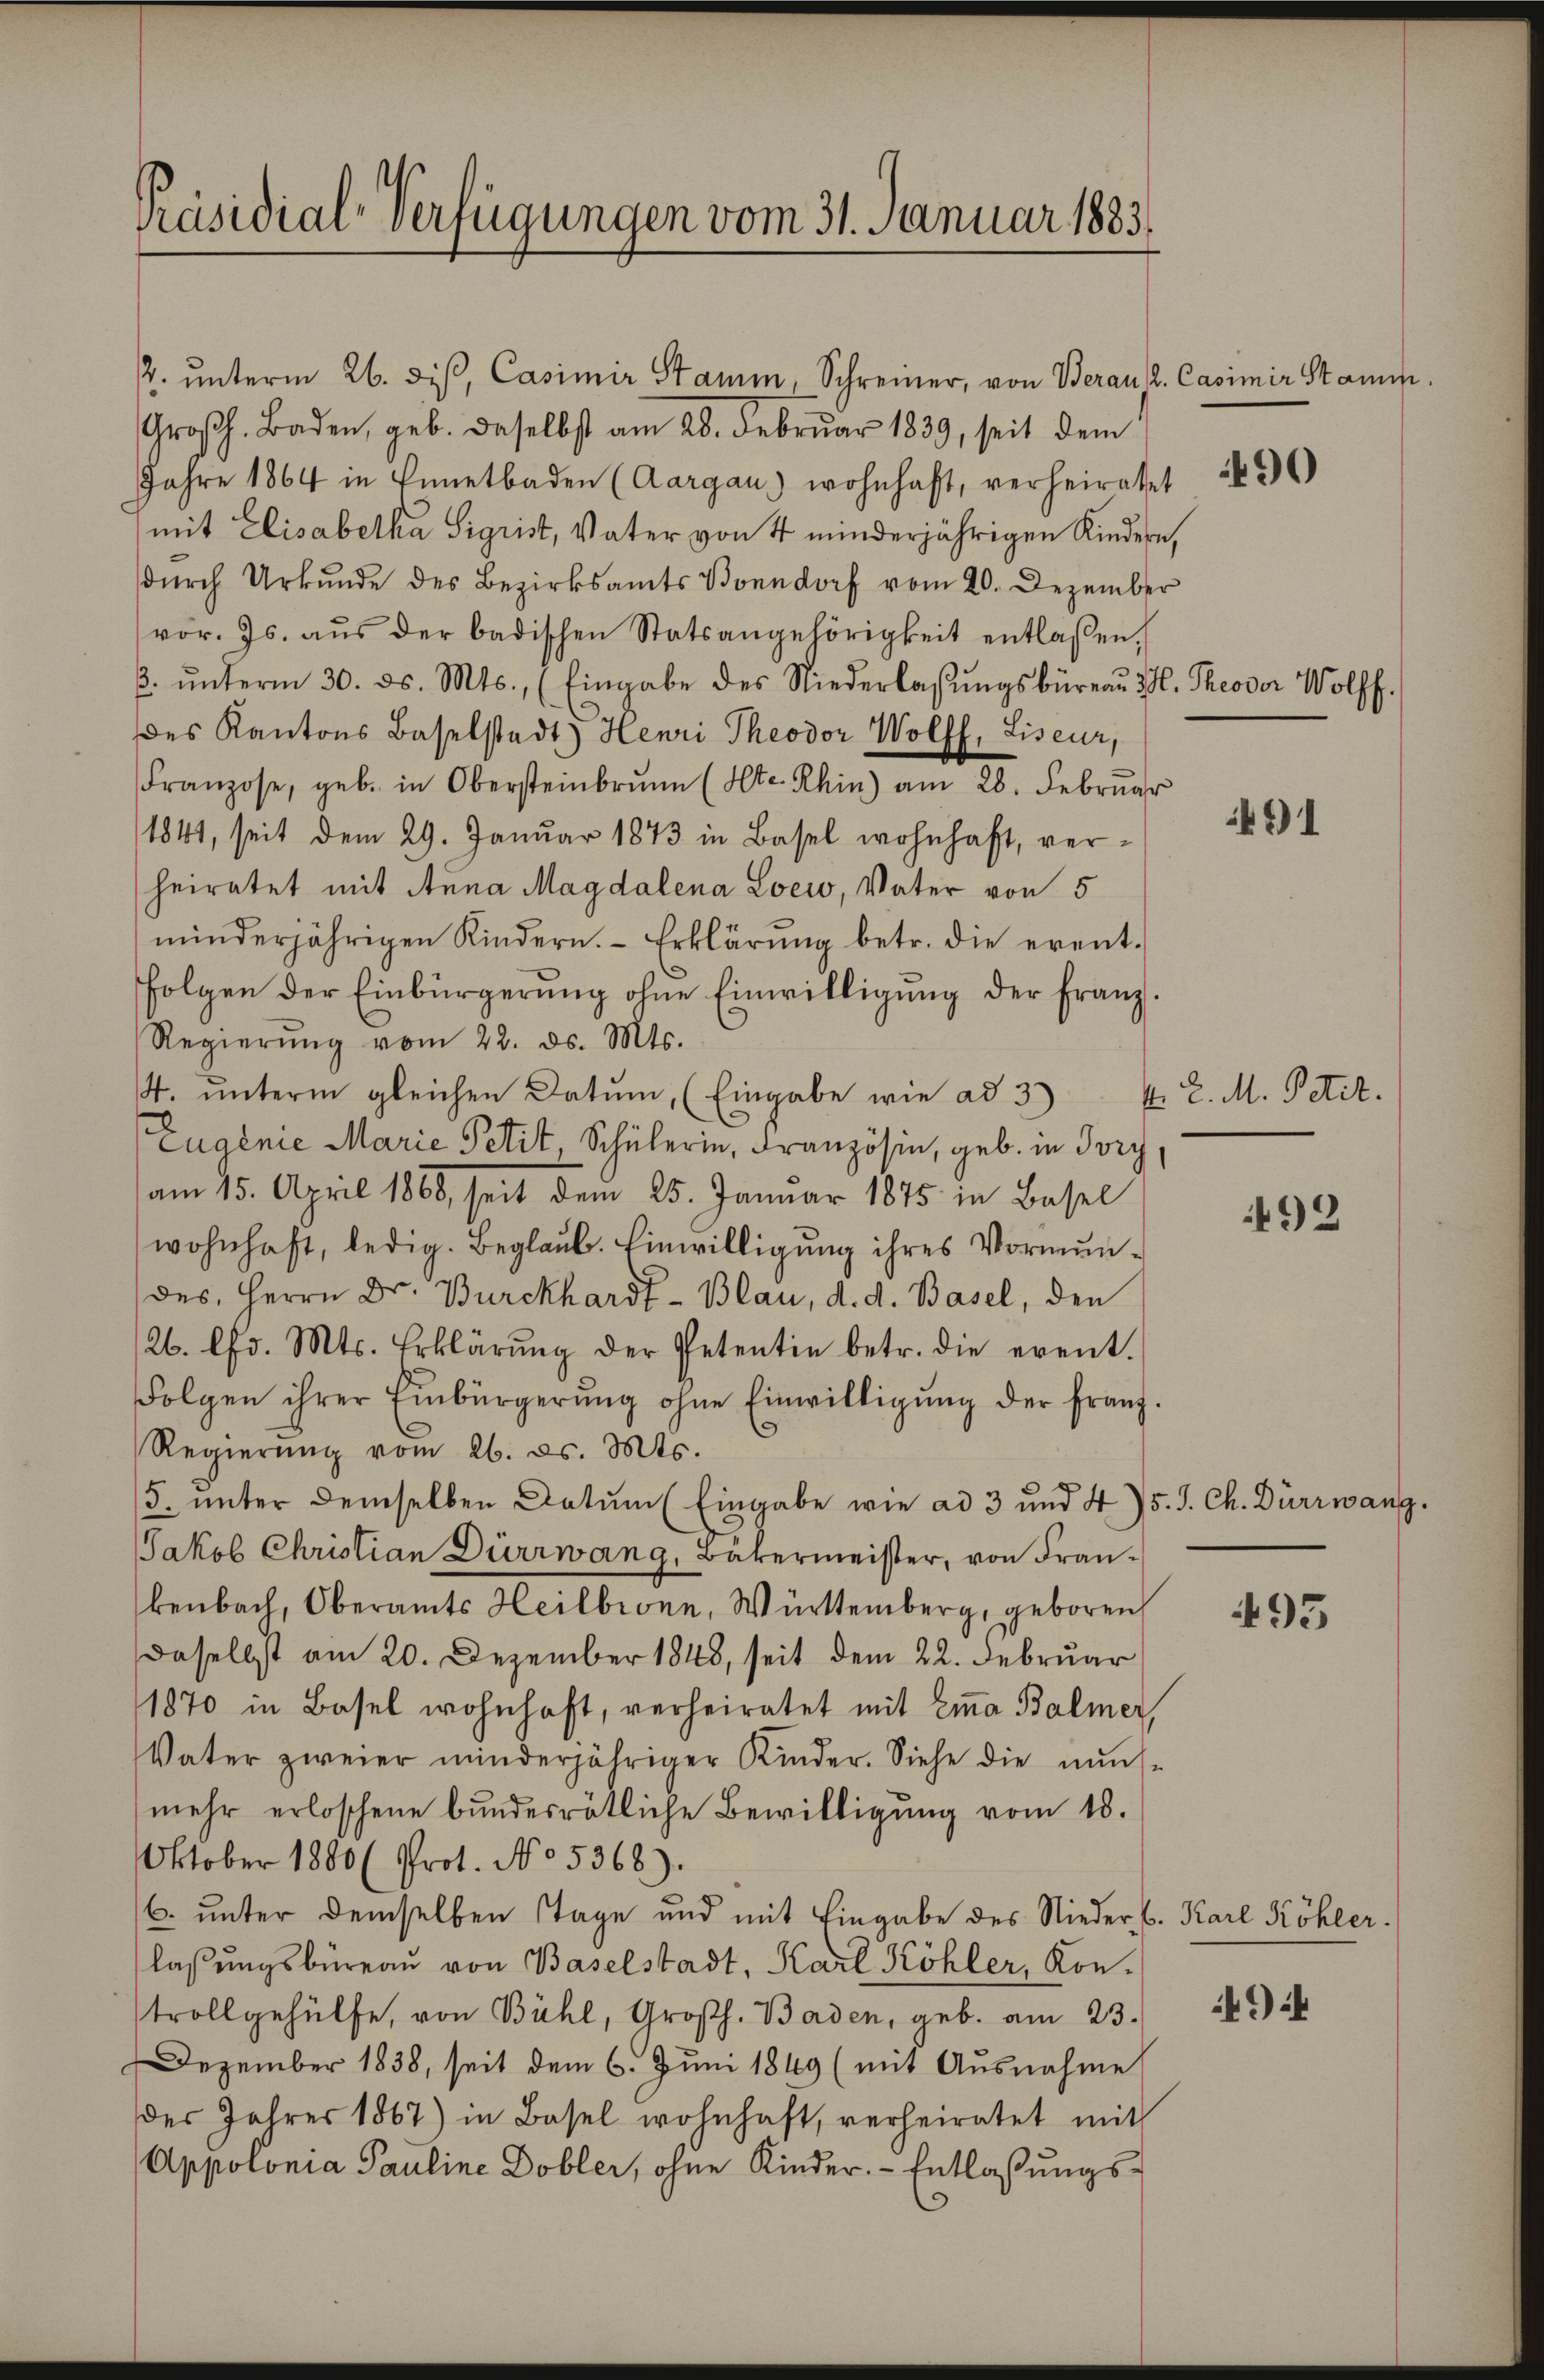
Präsidial-Verfügungen vom 31. Januar 1883.

Großh. Baden, geb. daselbst am 28. Februar 1839, seit dem
Jahre 1864 in Ennetbaden (Aargau) wohnhaft, verheiratet
mit Elisabelka Sigrist, Vater von 4 minderjährigen Kindern,
dŭrch Urkunde des Bezirksamts Bonndorf vom 20. Dezember
vor. Js. aŭs der badischen Statsangehörigkeit entlassen.
ß. ŭnterm 30. ds. Mts., (Eingabe des Niederlaβŭngsbüreaŭ Zl. Theodor Wolff.
des Kantons Baselstadt Henri Theodor Wolff, Liseur,
Franzose, geb. in Obersteinbrunn (Alte. Rhin) am 28. Febrŭar
1841, seit dem 29. Januar 1873 in Basel wohnhaft, verheiratet mit Anna Magdalena Loewo, Vater von 5
minderjährigen Kindern. Erklärŭng betr. die erent-
folgen der Einbürgerŭng ohne Einwilligŭng der Franz-
Regierŭng vom 22. ds. Mts.
4. unterm gleichen Datum, (Eingabe wie ad 3)
Eugenie Marie Petit, Schülerin, Französin, geb. in Pory
am 15. April 1868, seit dem 25. Januar 1875 in Basel
wohnhaft, ledig. Beglaub. Einwilligung ihres Vormundes, Herrn Dr. Burckhardt - Blau, d. d. Basel, den
/26. lfd. Mts. Erklärŭng der Petentin betr. die event.
Folgen ihrer Einbürgerŭng ohne Einwilligŭng der Franz-
Regierung vom 26. ds. Mts.
5. unter demselben Datum (Eingabe wie ad 3 und 45. J. Ch. Dürrwang.
Jakob Christian Dürrwang, Bäkermeister, von Frankenbach, Oberamts Heilbronn, Württemberg, geboren,
Daselbst am 20. Dezember 1848, seit dem 22. Februar
1870 in Basel wohnhaft, verheiratet mit Eia Balmer,
Vater zweier minderjähriger Kinder. Siehe die nŭns-
mehr erloschene bundesrätliche Bewilligung vom 18.
Oktober 1880 (Prot. No. 5368).
6. unter demselben Tage und mit Eingabe des Nieder C. Karl Köhler.
laβŭngsbüreaŭ von Baselstadt, Karl Köhler, Kon-
trollgehülfe, von Bühl, Großh. Baden, geb. am 23.
Dezember 1838, seit dem 6. Juni 1849 (mit Ausnahme
des Jahres 1867) in Basel wohnhaft, verheiratet mit
Appolonia Pauline Dobler, ohne Kinder. Entlaßungs-

2. ŭnterm 26. diβ, Casimir Stamm, Schreiner, von Berau 2. Casimir Stamm

490

491

1. 2. M. Petit.

492

495

494